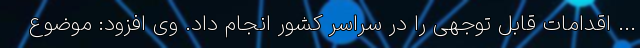
... اقدامات قابل توجهی را در سراسر کشور انجام داد. وی افزود: موضوع